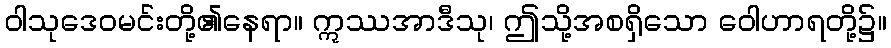
ဝါသုဒေဝမင်းတို့၏နေရာ။ ဣဿအာဒီသု၊ ဤသို့အစရှိသော ဝေါဟာရတို့၌။